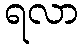
ရလာ